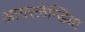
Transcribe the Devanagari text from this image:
आयरलेन्डिया